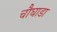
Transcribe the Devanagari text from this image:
चौघाडा